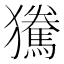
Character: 𰡫